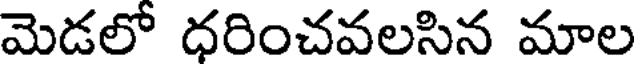
మెడలో ధరించవలసిన మాల